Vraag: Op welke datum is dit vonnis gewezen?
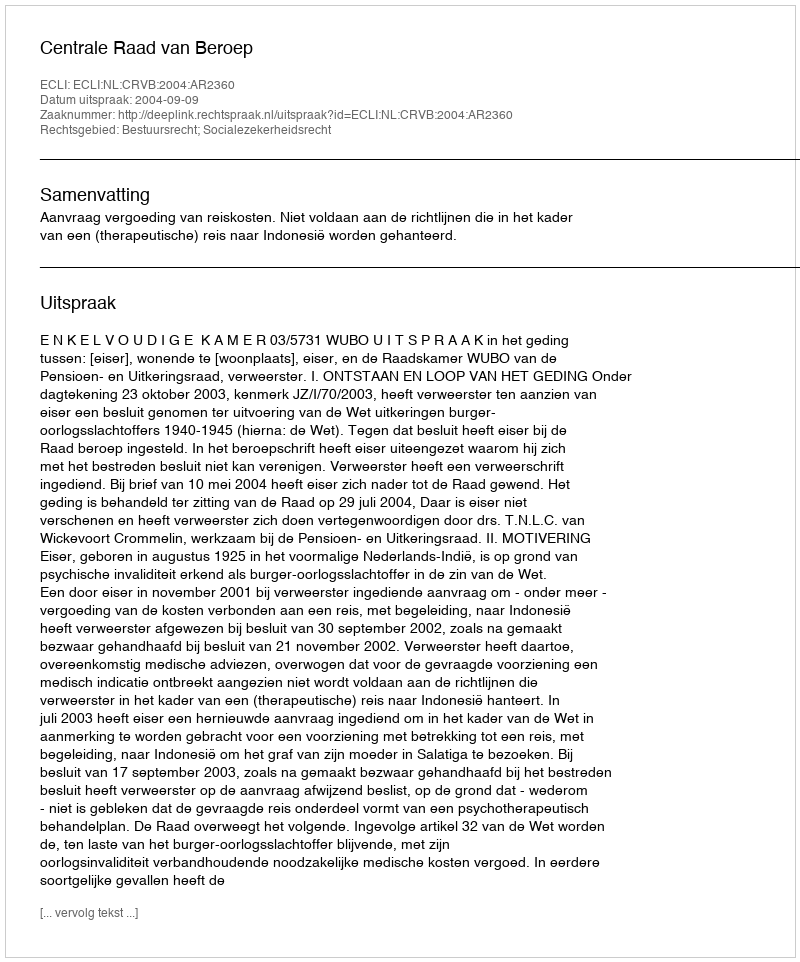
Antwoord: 2004-09-09